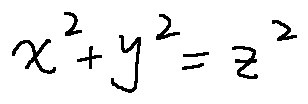
x ^ { 2 } + y ^ { 2 } = z ^ { 2 }